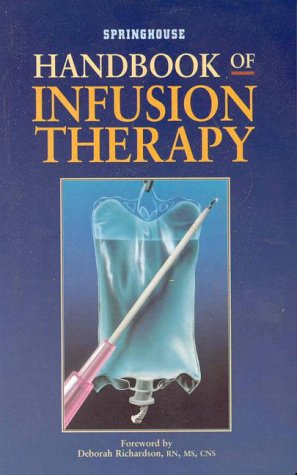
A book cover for Handbook of Infusion Therapy; Springhouse Publishing; Medical Books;